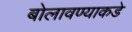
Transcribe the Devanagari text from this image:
बोलावण्याकडे